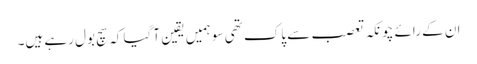
ان کے رائے چونکہ تعصب سے پاک تھی سو ہمیں یقین آ گیا کہ سچ بول رہے ہیں۔